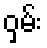
ဝှမ်း